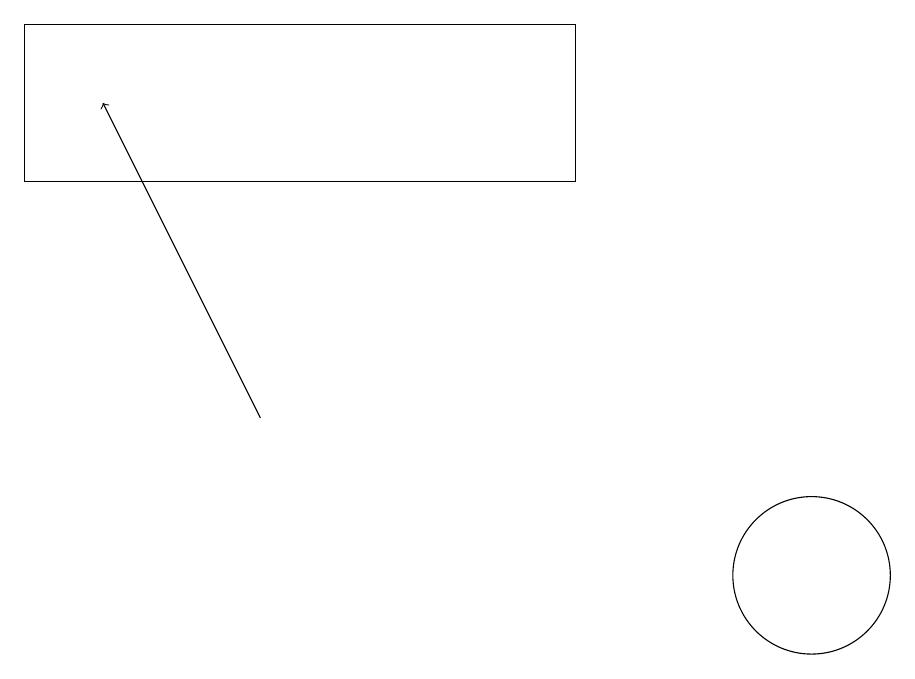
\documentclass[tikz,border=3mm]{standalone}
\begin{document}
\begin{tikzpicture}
\draw (8,18) rectangle (1,16);
\draw[->] (4,13) -- (2,17);
\draw (11,11) circle (1);
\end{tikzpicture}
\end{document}